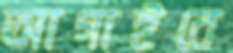
আগাইবে